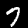
Label: 7